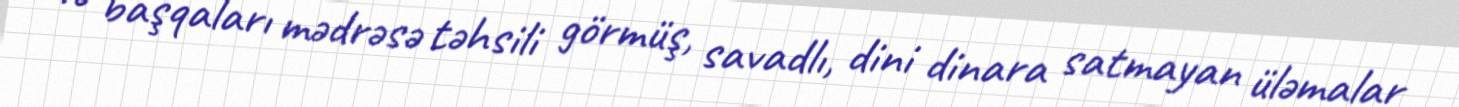
və başqaları mədrəsə təhsili görmüş, savadlı, dini dinara satmayan üləmalar